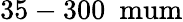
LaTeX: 35-300~\mathrm{\ mum}